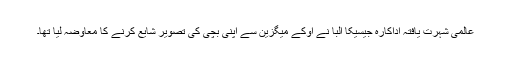
عالمی شہرت یافتہ اداکارہ جیسیکا البا نے اوکے میگزین سے اپنی بچی کی تصویر شایع کرنے کا معاوضہ لیا تھا۔